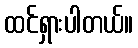
ထင်ရှားပါတယ်။